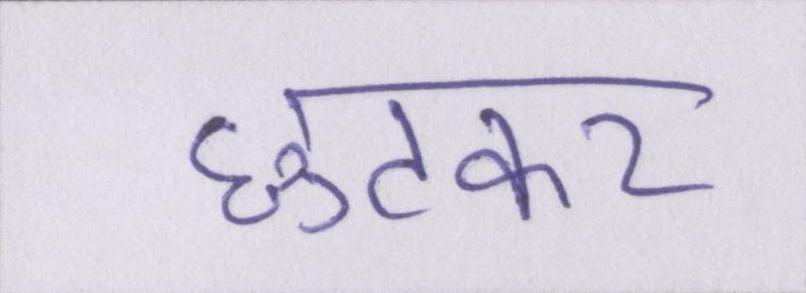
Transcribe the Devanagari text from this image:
छुटकर